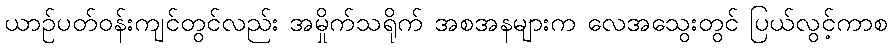
ယာဉ်ပတ်ဝန်းကျင်တွင်လည်း အမှိုက်သရိုက် အစအနများက လေအသွေးတွင် ပြယ်လွင့်ကာစ